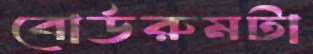
বোর্ডরুমটা